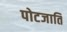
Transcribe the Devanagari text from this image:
पोटजाति